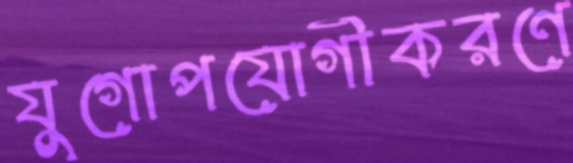
যুগোপযোগীকরণে